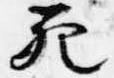
死